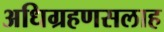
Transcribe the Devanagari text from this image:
अधिग्रहणसलाह